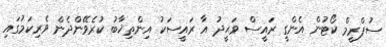
ސުޕްރީމް ކޯޓުން އެންގީ ރައީސް ވަޙީދު އާ ރައީސަކު އިންތިޚާބު ކުރެވޭންދެން ވެރިކަމުގައި